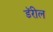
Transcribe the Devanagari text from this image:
डॅरील